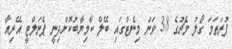
ފުރަތަމަ ގޯލު މެޗުގެ 38 ވަނަ މިނެޓްގައި ބޭލް ކާމިޔާބުކޮށްދިނީ ޕެނަލްޓީ އޭރިއާ